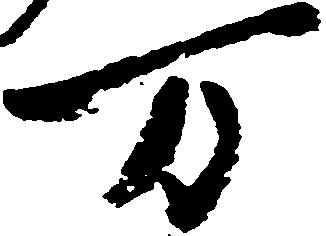
万